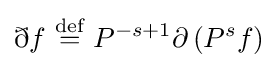
\eth f\ {\stackrel {\text{def}}{=}}\ P^{-s+1}\partial \left(P^{s}f\right)